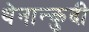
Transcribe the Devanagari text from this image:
थेनान्कुदी